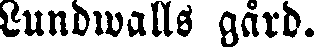
Lundwalls gård.